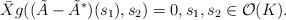
LaTeX: \begin{align*}\bar{X} g ((\tilde{A} - \tilde{A}^{*})(s_{1}), s_{2} ) = 0, s_{1},s_{2}\in {\mathcal O} (K). \end{align*}